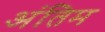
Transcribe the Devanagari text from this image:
अंतिम